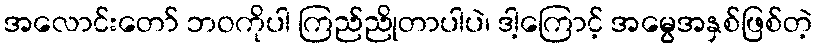
အလောင်းတော် ဘဝကိုပါ ကြည်ညိုတာပါပဲ၊ ဒါ့ကြောင့် အမွေအနှစ်ဖြစ်တဲ့